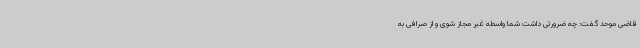
قاضی موحد گفت: چه ضرورتی داشت شما واسطه غیر مجاز شوی و از صرافی به